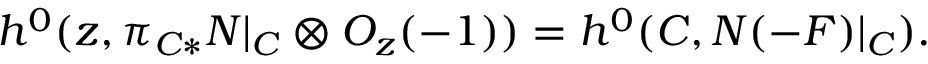
h ^ { 0 } ( z , \pi _ { C * } N | _ { C } \otimes { \cal O } _ { z } ( - 1 ) ) = h ^ { 0 } ( C , N ( - F ) | _ { C } ) .